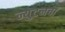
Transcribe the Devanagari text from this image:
न्युटनचा